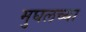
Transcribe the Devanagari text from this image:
मुघलच्या